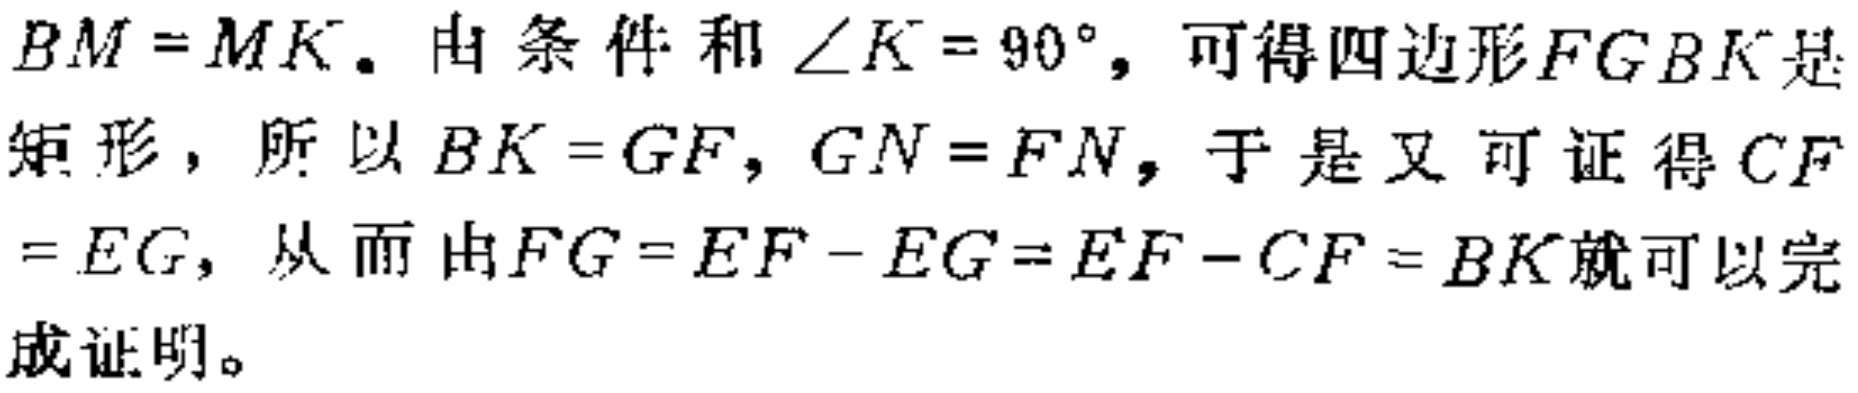
$BM = MK$. 由条件和$\angle K = 90^{\circ}$, 可得四边形$FGBK$是矩形，所以$BK = GF$, $GN = FN$, 于是又可证得$CF = EG$, 从而由$FG = EF - EG = EF - CF = BK$就可以完成证明。